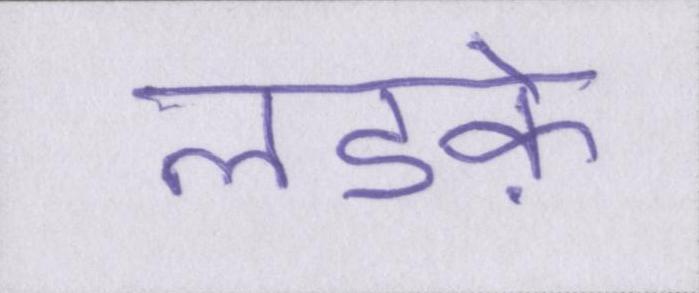
लडक़े